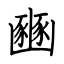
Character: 豳